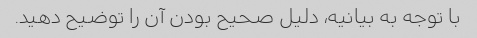
با توجه به بیانیه، دلیل صحیح بودن آن را توضیح دهید.